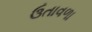
ઉતાવળા